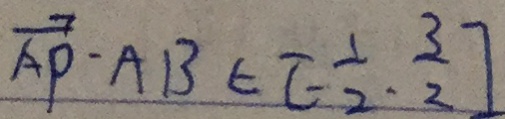
\overrightarrow { A P } - A B \in [ - \frac { 1 } { 2 } \cdot \frac { 3 } { 2 } ]